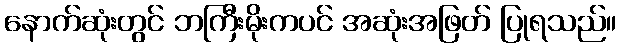
နောက်ဆုံးတွင် ဘကြီးမိုးကပင် အဆုံးအဖြတ် ပြုရသည်။